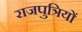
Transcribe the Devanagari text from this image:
राजपुत्रियों